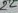
Text: 22